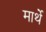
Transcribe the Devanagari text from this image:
मार्थे